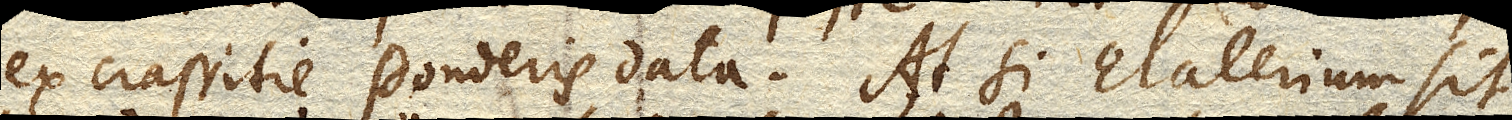
ex crassitie ponderis data. At si Elaterium sit